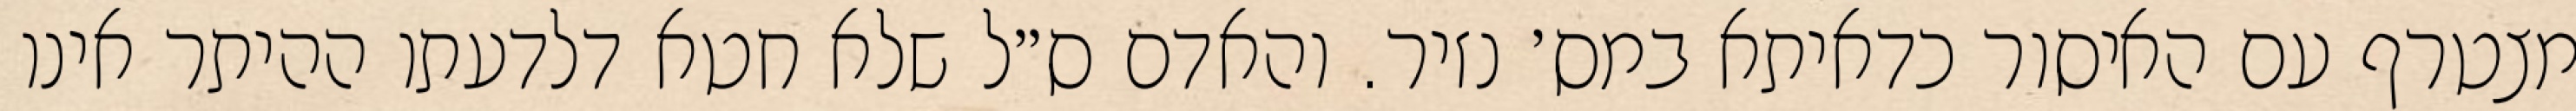
מצטרף עם האיסור כדאיתא במס׳ נזיר. והאדם ס״ל שלא חטא דלדעתו ההיתר אינו